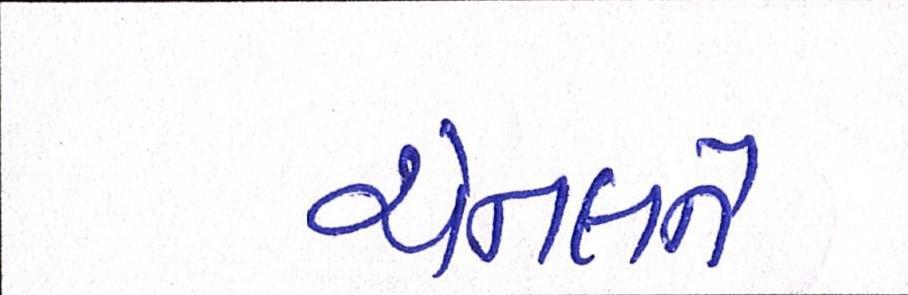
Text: ચેનલને